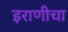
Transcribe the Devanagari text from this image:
इराणीचा